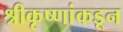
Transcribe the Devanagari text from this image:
श्रीकृष्णांकडून